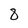
Character: 8